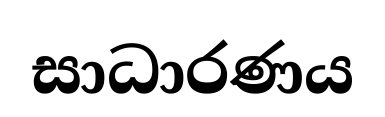
සාධාරණය